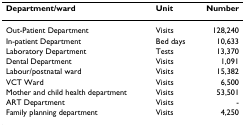
<table><thead><tr><td><b>Department/ward</b></td><td><b>Unit</b></td><td><b>Number</b></td></tr></thead><tbody><tr><td>Out-Patient Department</td><td>Visits</td><td>128,240</td></tr><tr><td>In-patient Department</td><td>Bed days</td><td>10,633</td></tr><tr><td>Laboratory Department</td><td>Tests</td><td>13,370</td></tr><tr><td>Dental Department</td><td>Visits</td><td>1,091</td></tr><tr><td>Labour/postnatal ward</td><td>Visits</td><td>15,382</td></tr><tr><td>VCT Ward</td><td>Visits</td><td>6,500</td></tr><tr><td>Mother and child health department</td><td>Visits</td><td>53,501</td></tr><tr><td>ART Department</td><td>Visits</td><td>-</td></tr><tr><td>Family planning department</td><td>Visits</td><td>4,250</td></tr></tbody></table>